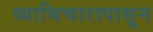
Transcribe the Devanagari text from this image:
व्याभिचारापासून